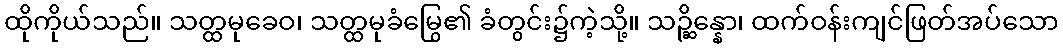
ထိုကိုယ်သည်။ သတ္ထမုခေဝ၊ သတ္ထမုခံမြွေ၏ ခံတွင်း၌ကဲ့သို့။ သဉ္ဆိန္နော၊ ထက်ဝန်းကျင်ဖြတ်အပ်သော